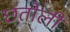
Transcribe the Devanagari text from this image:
छंतोली